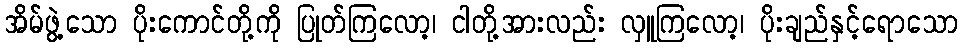
အိမ်ဖွဲ့သော ပိုးကောင်တို့ကို ပြုတ်ကြလော့၊ ငါတို့အားလည်း လှူကြလော့၊ ပိုးချည်နှင့်ရောသော